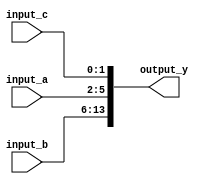
module concat_example (
    input wire [3:0]  input_a,    // 4-bit input signal
    input wire [7:0]  input_b,    // 8-bit input signal
    input wire [1:0]  input_c,    // 2-bit input signal
    output wire [13:0] output_y    // 14-bit output signal
);

// Continuous assignment to concatenate input signals
assign output_y = {input_b, input_a, input_c}; // Concatenating input_b, input_a, and input_c

endmodule